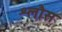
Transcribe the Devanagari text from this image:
श्लौस